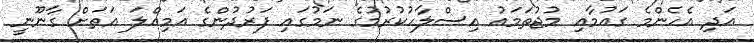
އަދި އެހެންމެ ގައުމާއި މުޖުތަމައު އިސްލާހުކުރުމުގެ ނަމުގައި ފަރުދުންގެ އަމިއްލަ އަތަށް ގާނޫނީ